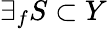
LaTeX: \exists_{f}S\subset Y